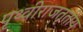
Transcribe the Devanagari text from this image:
पृथ्वीराजतृतीय